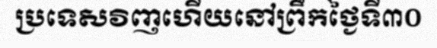
ប្រទេសវិញហើយនៅព្រឹកថ្ងៃទី៣០